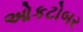
ઓકટોબર